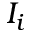
I _ { i }